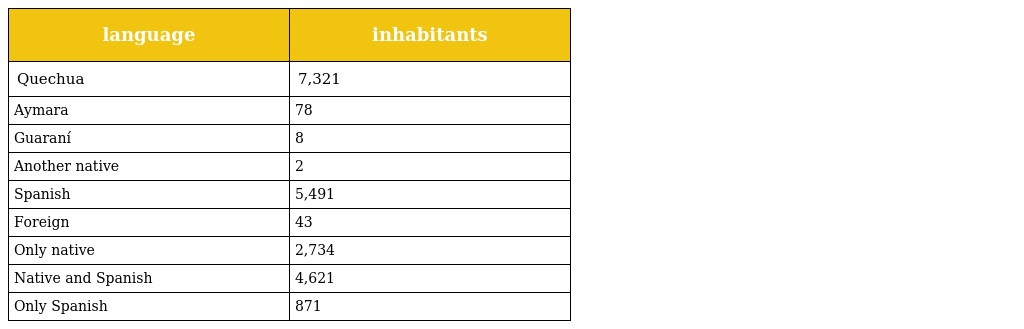
| language | inhabitants |
 | --- | --- |
 | Quechua | 7,321 |
 | Aymara | 78 |
 | Guaraní | 8 |
 | Another native | 2 |
 | Spanish | 5,491 |
 | Foreign | 43 |
 | Only native | 2,734 |
 | Native and Spanish | 4,621 |
 | Only Spanish | 871 |